[Report on the health of British troops in the Madras command]
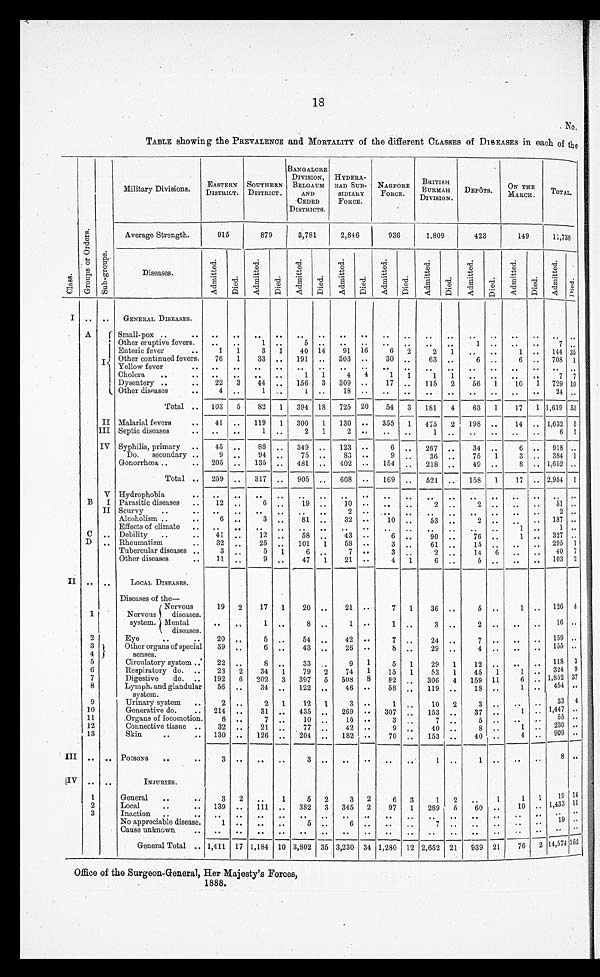
18
No,
TABLE showing the PREVALENCE and MORTALITY of the different CLASSES of DISEASES in each of the
Military Divisions.
EASTERN
DISTRICT.
SOUTHERN
DISTRICT.
BANGALORE
DIVISION,
BELGAUM
AND
HYDERA-
BAD SUB-
SIDIARY
NAGPOR
FORCE.
BRITISH
BURMAH
DEPOTS.
ON THE
MARCH .
TOTAL.
CEDED
Fo RCE.
D
IVISION
DISTRICTS.
Average Strength.
915
879
3,781
2,846
9 3 6
1.809
423
1 4 9
1 1 , 7 3 8
Class
G r o u p s o r O r d e r
S u b - g r o u p s
Diseases.
Admitted.
D i e d .
Admitted.
D i e d .
A d m i t t e d .
D i e d .
A d m i t t e d .
D i e d .
A d m i t t e d .
Died.
Admitted.
D i e d .
Admi t t ed.
Died.
A d m i t t e d .
D i e d .
Admi t t ed.
Died.
.
I
. .
GENERAL DISEASES.
A
Small-pox .
' Other eruptive fevers
1 Enteric fever
1
1
1
3 1
40 14
91
16
6
2
2
1
1
7
144 35
Other continued fevers.
76
1
33
191
303
.
30
63
6
6
708 1
Yellow fever
Cholera
. .
1
1
4
4
1
1
7
7
Dysentery
22
3
44
156
3
309
17
115
2
56
1
10
1
729 10
Other diseases
Total
4
1 1
18
1 8
20
1
1
2 4
53
103
5
82
1
394
725
54
3
181
4
63
17
1,619
41
119
1
300
355
475
198
14
II Malarial. fevers
1
130
1
2
1,632 5
III Septic diseases
..
1
2
1
2
1
6
1
IV Syphilis, primary
45
88
349
123
6
267
34
6
918
Do.
secondary
9
94
75
83
9
36
75
1
3 384 1
Gonorrhea
205
135
481
402
154
218
49
8
1,652
259
317
905
608
169
158
1
17
2,954
Total
521
1
B
V Hydrophobia
I Parasitic diseases
12
6
19
10
2
2
51
II Scurvy
Alcoholism .
6
3
81
2
32
10
53
2
Effects of climate
1
1
C
Debility
41
12
58
43
6
90
76
1
327
D
Rheumatism
32
2
101
1
58
3
61
15
295 1
Tubercular diseases
3
5
1
6
7
3
2
14
6
40
7
Other diseases
11
9
47
1
21
4
1
6
5
103 2
II
LOCAL DISEASES.
Diseases of the—
Nervous
19
2
17
1
20
21
7
1
36
5
1
126
4
1
Nervou
diseases.
system. Mental.
diseases.
1
8
1
1
3
2
16
2
Eye
20
5
54
42
7
24
7
159
3
Other organs of special
39
6
43
26
8
29
4
155
4
senses.
5
Circulatory system
22
8
33
9
1
5
1
29
1
12
118 3
6
Respiratory do.
23
2
34 1
79
2
74
1
15
1
53
1
45
1
1
324 9
7
8
Digestive do.
Lymph. and glandular
system.
192
56
6
202
34
3
397
5
122
508
46
8
82
58
306
119
4
159
18
11
6 1
1 , 8 5 2 55 2 4 37
9
Urinary system
2
2
1
12
1
3
1
10
2 3
33 4
10
Generative do.
214
31
435
269
307
153
37
1
1 447
11
12
13
.Organs of locomotion.
Connective tissue
Skin
8
32
130
7
21
126
10
77
204
1
15
42
182
3
9
70
7
40
153
2
8
40
1
4
5 5
230
9 0 9
8
III
POISONS
3
3
I
1
8
IV
INJURIES.
1
General
3
2
1
5
2
3
2
6
3
1
2
1
1
1
19 14
2
Local
139
111
382
3
345
2
97
1
289
5
60
10
1,433 11
3
Inaction
5
6
No appreciable disease.
1
5
6
7
1 9
Cause unknown
.
General Total
1,411 17 1,184 10 3,802 35 3,230 34
2,652 21
9 939 21
76
2 14 ,574 152
1,280 12
Office of the Surgeon-Gteneral, Her Majesty's Forces,
1888.